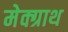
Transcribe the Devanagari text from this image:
मेक्ग्राथ